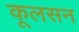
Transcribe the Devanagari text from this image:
कूलसन